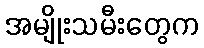
အမျိုးသမီးတွေက